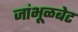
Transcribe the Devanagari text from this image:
जांभूळबेट